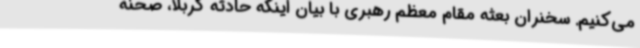
می‌کنیم. سخنران بعثه مقام معظم رهبری با بیان اینکه حادثه کربلا، صحنه